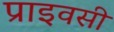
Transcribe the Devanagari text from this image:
प्राइवसी